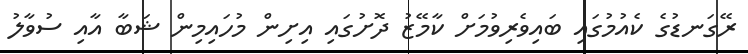
ރޭގަނޑުގެ ކެއުމުގައި ބައިވެރިވުމަށް ކާމޭޒު ދޮށުގައި އިށިން މުހައިމިން ޝަބާ އާއި ސުވާލު